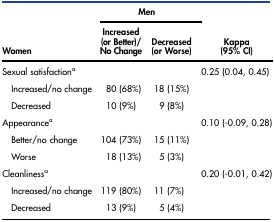
| <ROWSPAN=2> Women | <COLSPAN=2> Men | <ROWSPAN=2> Kappa (95% CI) |
 | Increased (or Better)/ No Change | Decreased (or Worse) |
 | --- | --- | --- | --- |
 | Sexual satisfactiona |  |  | 0.25 (0.04, 0.45) |
 | Increased/no change | 80 (68%) | 18 (15%) |  |
 | Decreased | 10 (9%) | 9 (8%) |  |
 | Appearancea |  |  | 0.10 (-0.09, 0.28) |
 | Better/no change | 104 (73%) | 15 (11%) |  |
 | Worse | 18 (13%) | 5 (3%) |  |
 | Cleanlinessa |  |  | 0.20 (-0.01, 0.42) |
 | Increased/no change | 119 (80%) | 11 (7%) |  |
 | Decreased | 13 (9%) | 5 (4%) |  |